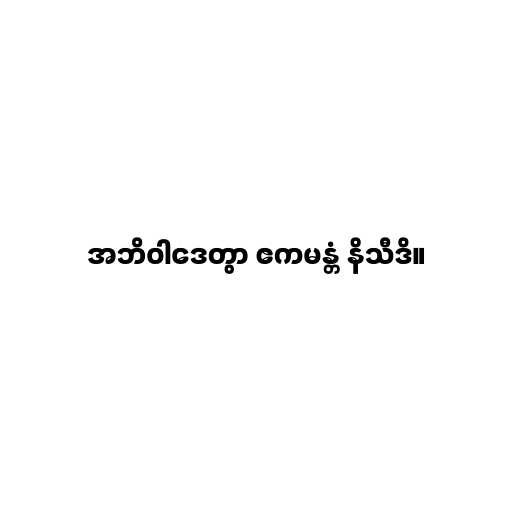
အဘိဝါဒေတွာ ဧကမန္တံ နိသီဒိ။